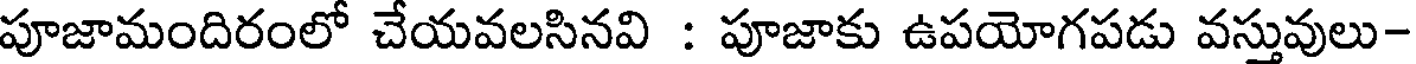
పూజామందిరంలో చేయవలసినవి : పూజాకు ఉపయోగపడు వస్తువులు-